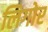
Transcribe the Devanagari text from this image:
लिगोर